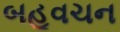
બહૂવચન